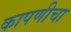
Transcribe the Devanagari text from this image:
कापणीचा